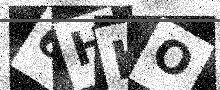
Text: 6HKO